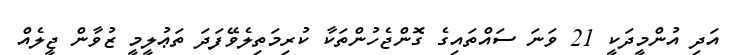
އަދި އުންމީދަކީ 21 ވަނަ ސައްތައިގެ ގޮންޖެހުންތަކާ ކުރިމަތިލެވޭފަދަ ތަޢުލީމީ ޒުވާން ޖީލެއް